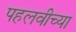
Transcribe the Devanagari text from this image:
पहलवीच्या